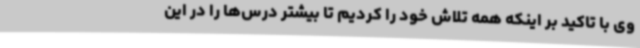
وی با تاکید بر اینکه همه تلاش خود را کردیم تا بیشتر درس‌ها را در این